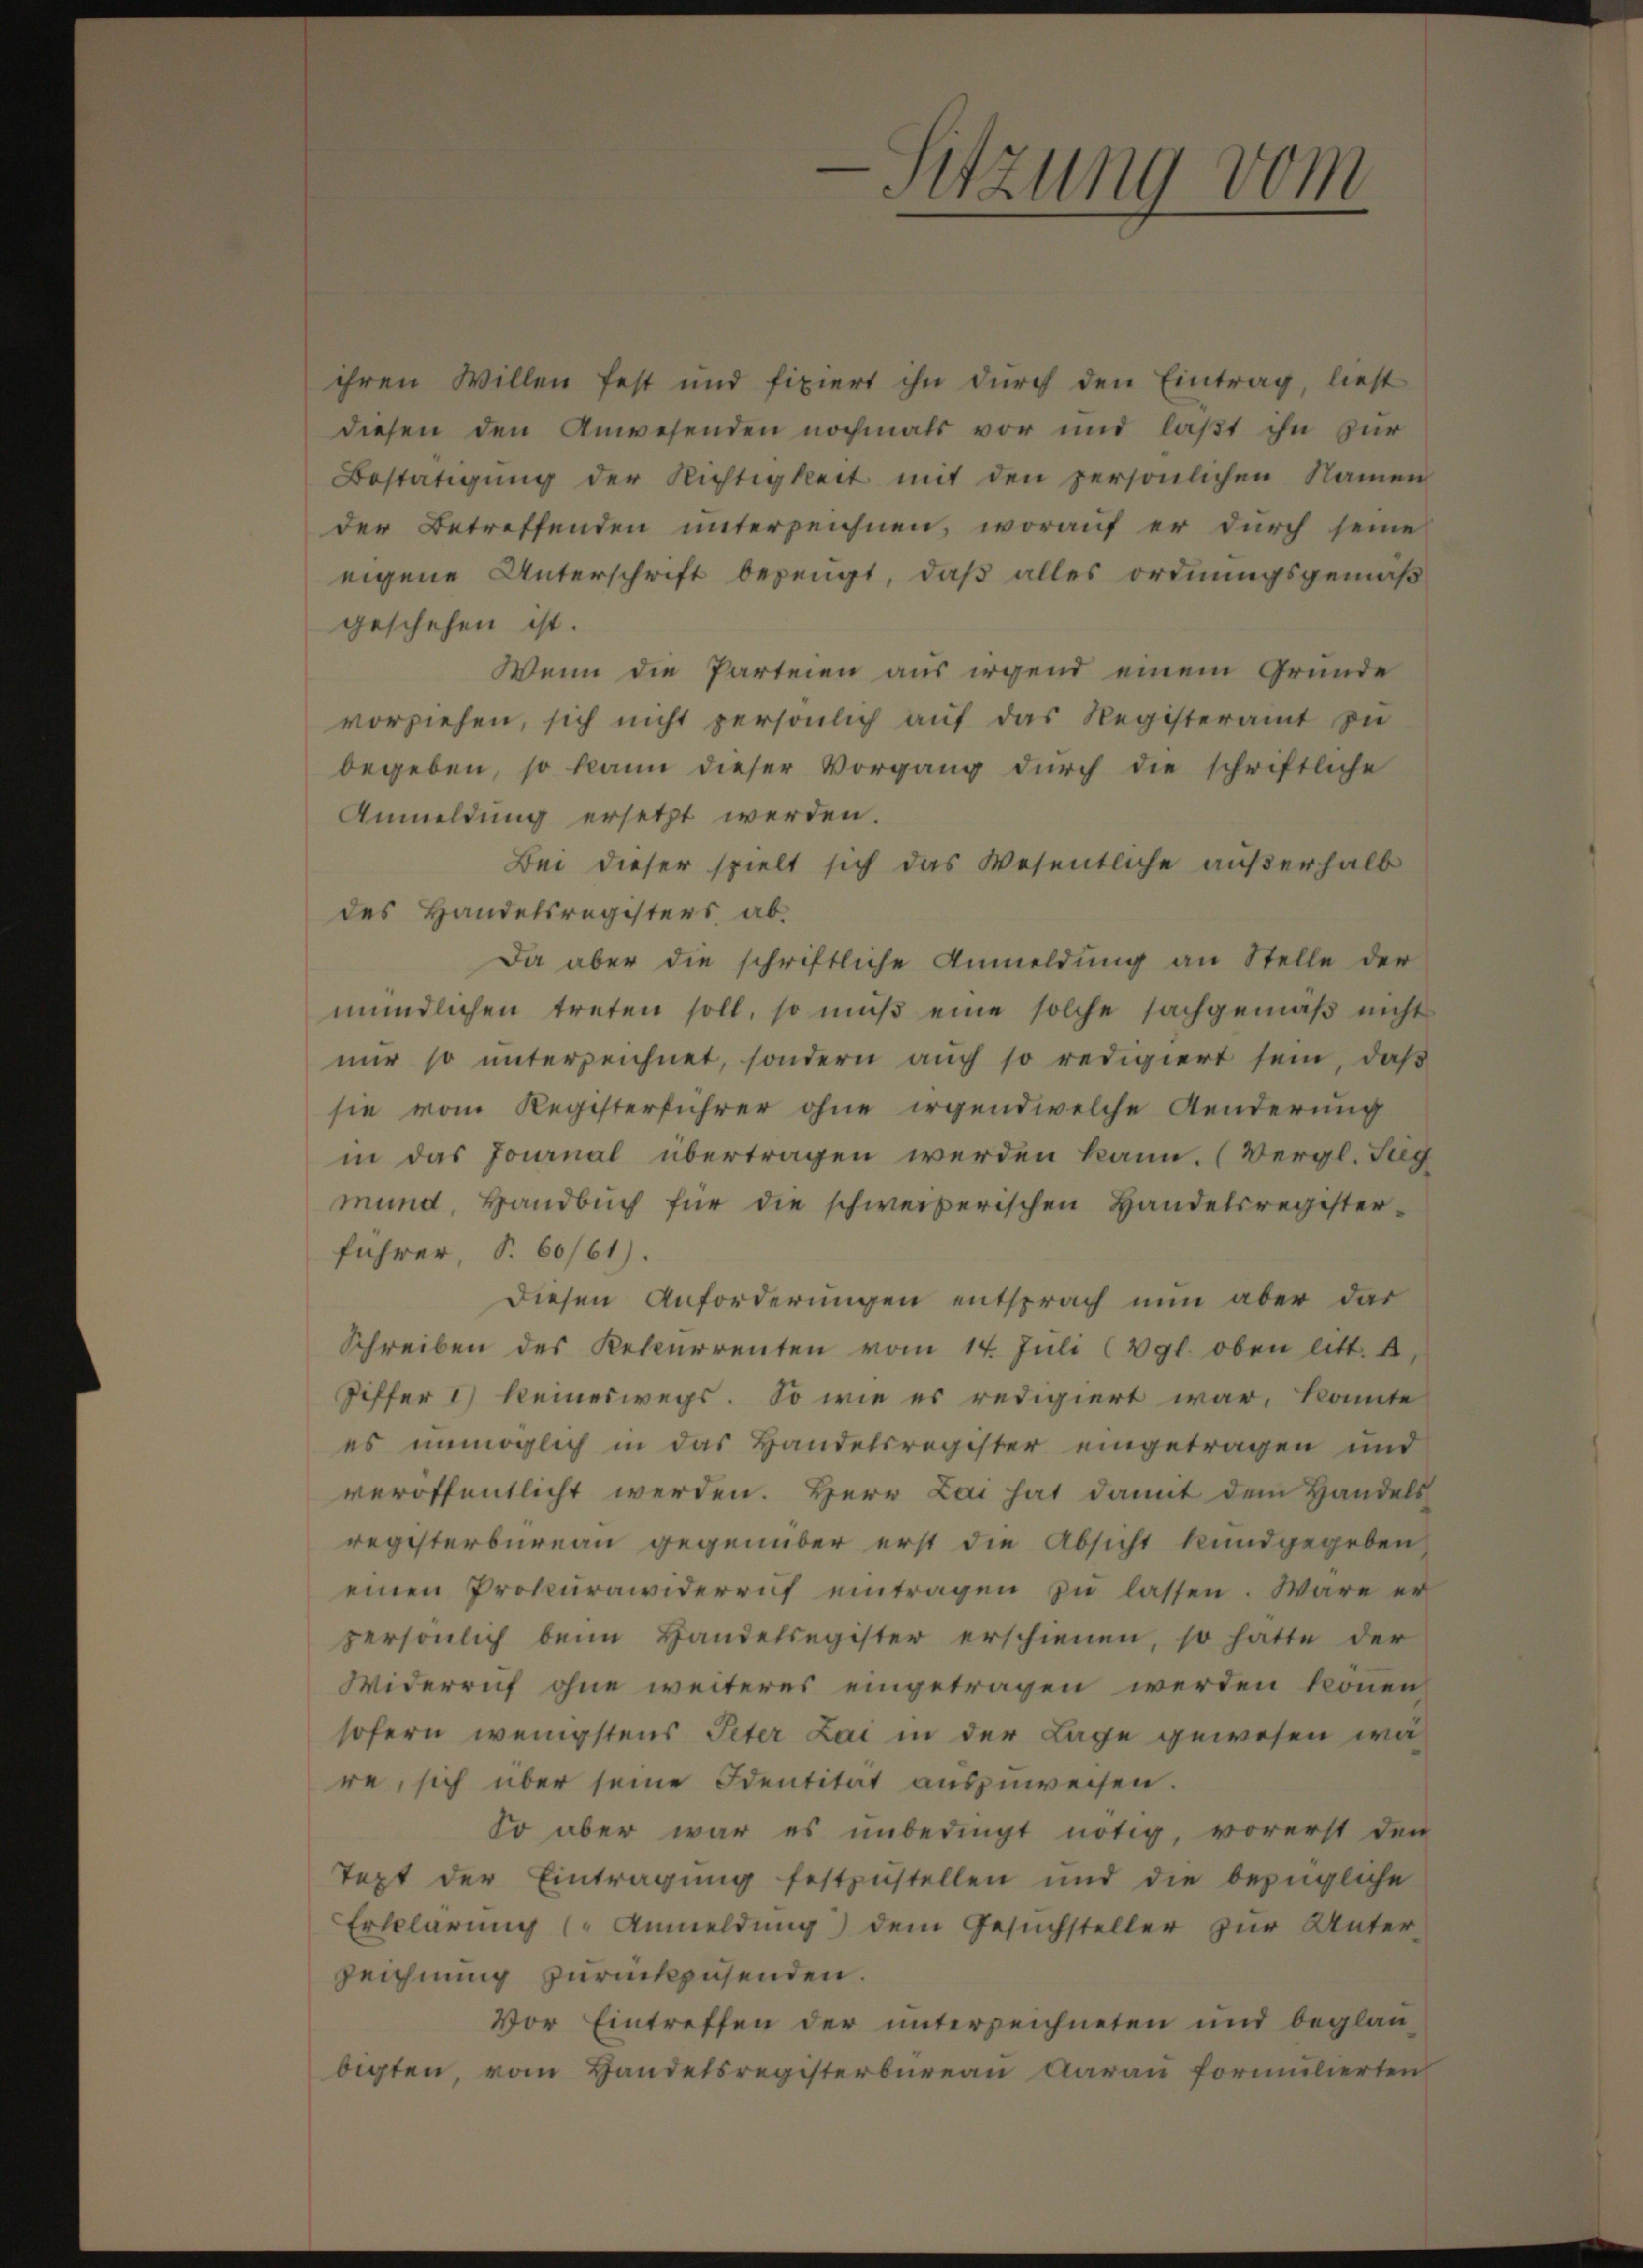
s

ihren Willen fest und fixiert ihn durch den Eintrag, ließt
diesen den Anwesenden nochmals vor und laßt ihn zur
Bestätigung der Nichtigkeit mit den persönlichen Namen
der Betreffenden unterzeichnen, worauf er durch seine
eigene Unterschrift bezeugt, daß alles ordnungsgemäß
geschehen ist.
Wenn die Parteien aus irgend einem Grunde
vorziehen, sich nicht persönlich auf das Registeramt zu
begeben, so kann dieser Vorgang durch die schriftliche
Anmeldung ersetzt werden.
Bei dieser spielt sich das Wesentliche außerhalb
des Handelsregisters ab¬
Da aber die schriftliche Anmeldŭng an Stelle der
mündlichen treten soll, so muß eine solche sachgemäß nicht
nur so unterzeichnet, sondern auch so redigiert sein, daß
sie vom Registerführer ohne irgendwelche Aenderung
in das Journal übertragen werden kann. (Vergl. Tug
mund, Handbuch für die schweizerischen Handelsregister-
führer, S. 60/61).
Diesen Anforderungen entsprach nun aber das
Schreiben des Rekurrenten vom 14. Jŭli (vgl. oben litt. A
Piffer 1) keineswegs. So wie es redigiert war, konnte
es unmöglich in das Handelsregister eingetragen und
veröffentlicht werden. Herr Lai hat damit dem Handels
registerbureau gegenüber erst die Absicht kundgegeben
einen Prokurawiderruf eintragen zŭ lassen. Wäre er
persönlich beim Handelsegister erschienen, so hatte der
Widerruf ohne weiteres eingetragen werden können.
sofern wenigstens Peter Lai in der Lage gewesen wa
re, sich über seine Identität auszuweisen.
So aber war es unbedingt nötig, vorerst den
Text der Eintragŭng festzŭstellen und die bezügliche
Erklärung (Anmeldung) dem Gesuchsteller zur Unter
zeichnung zurückzusenden.
Vor Eintreffen der unterzeichneten und beglaubigten, vom Handelsregisterbureau darau formulierten

Sitzung vom